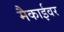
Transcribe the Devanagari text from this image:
मैकाईवर